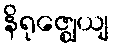
နိရုဇ္ဈေယျ